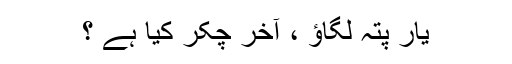
یار پتہ لگاؤ ، آخر چکر کیا ہے ؟